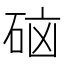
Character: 𮵑